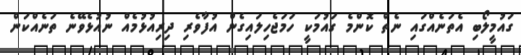
ގައުމީލޯބި އެތަނެއްގައި ނެތް ކޮންމެ ގައުމަކީ ހަމަޖެހިލައިގެން އުފާވެރި ދިރިއުޅުމެއް ނުއުޅެވޭނެ ތަނެއްކަން